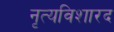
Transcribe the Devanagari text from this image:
नृत्यविशारद